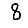
Digit: 8